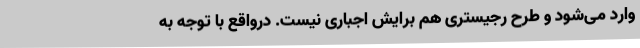
وارد می‌شود و طرح رجیستری هم برایش اجباری نیست. درواقع با توجه به